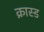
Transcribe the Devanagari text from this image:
क्रास्ड